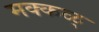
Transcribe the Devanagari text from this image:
मक्कळ्